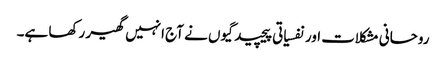
روحانی مشکلات اور نفسیاتی پیچیدگیوں نے آج انہیں گھیر رکھا ہے۔